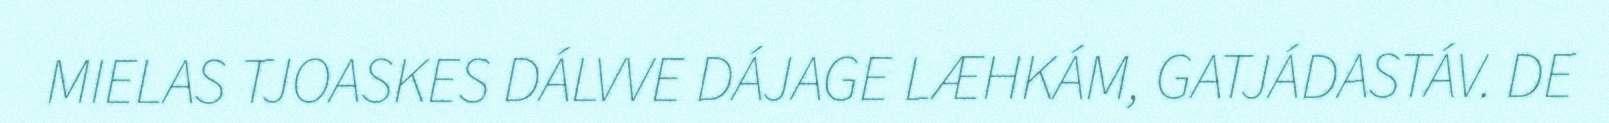
MIELAS TJOASKES DÁLVVE DÁJAGE LÆHKÁM, GATJÁDASTÁV. DE